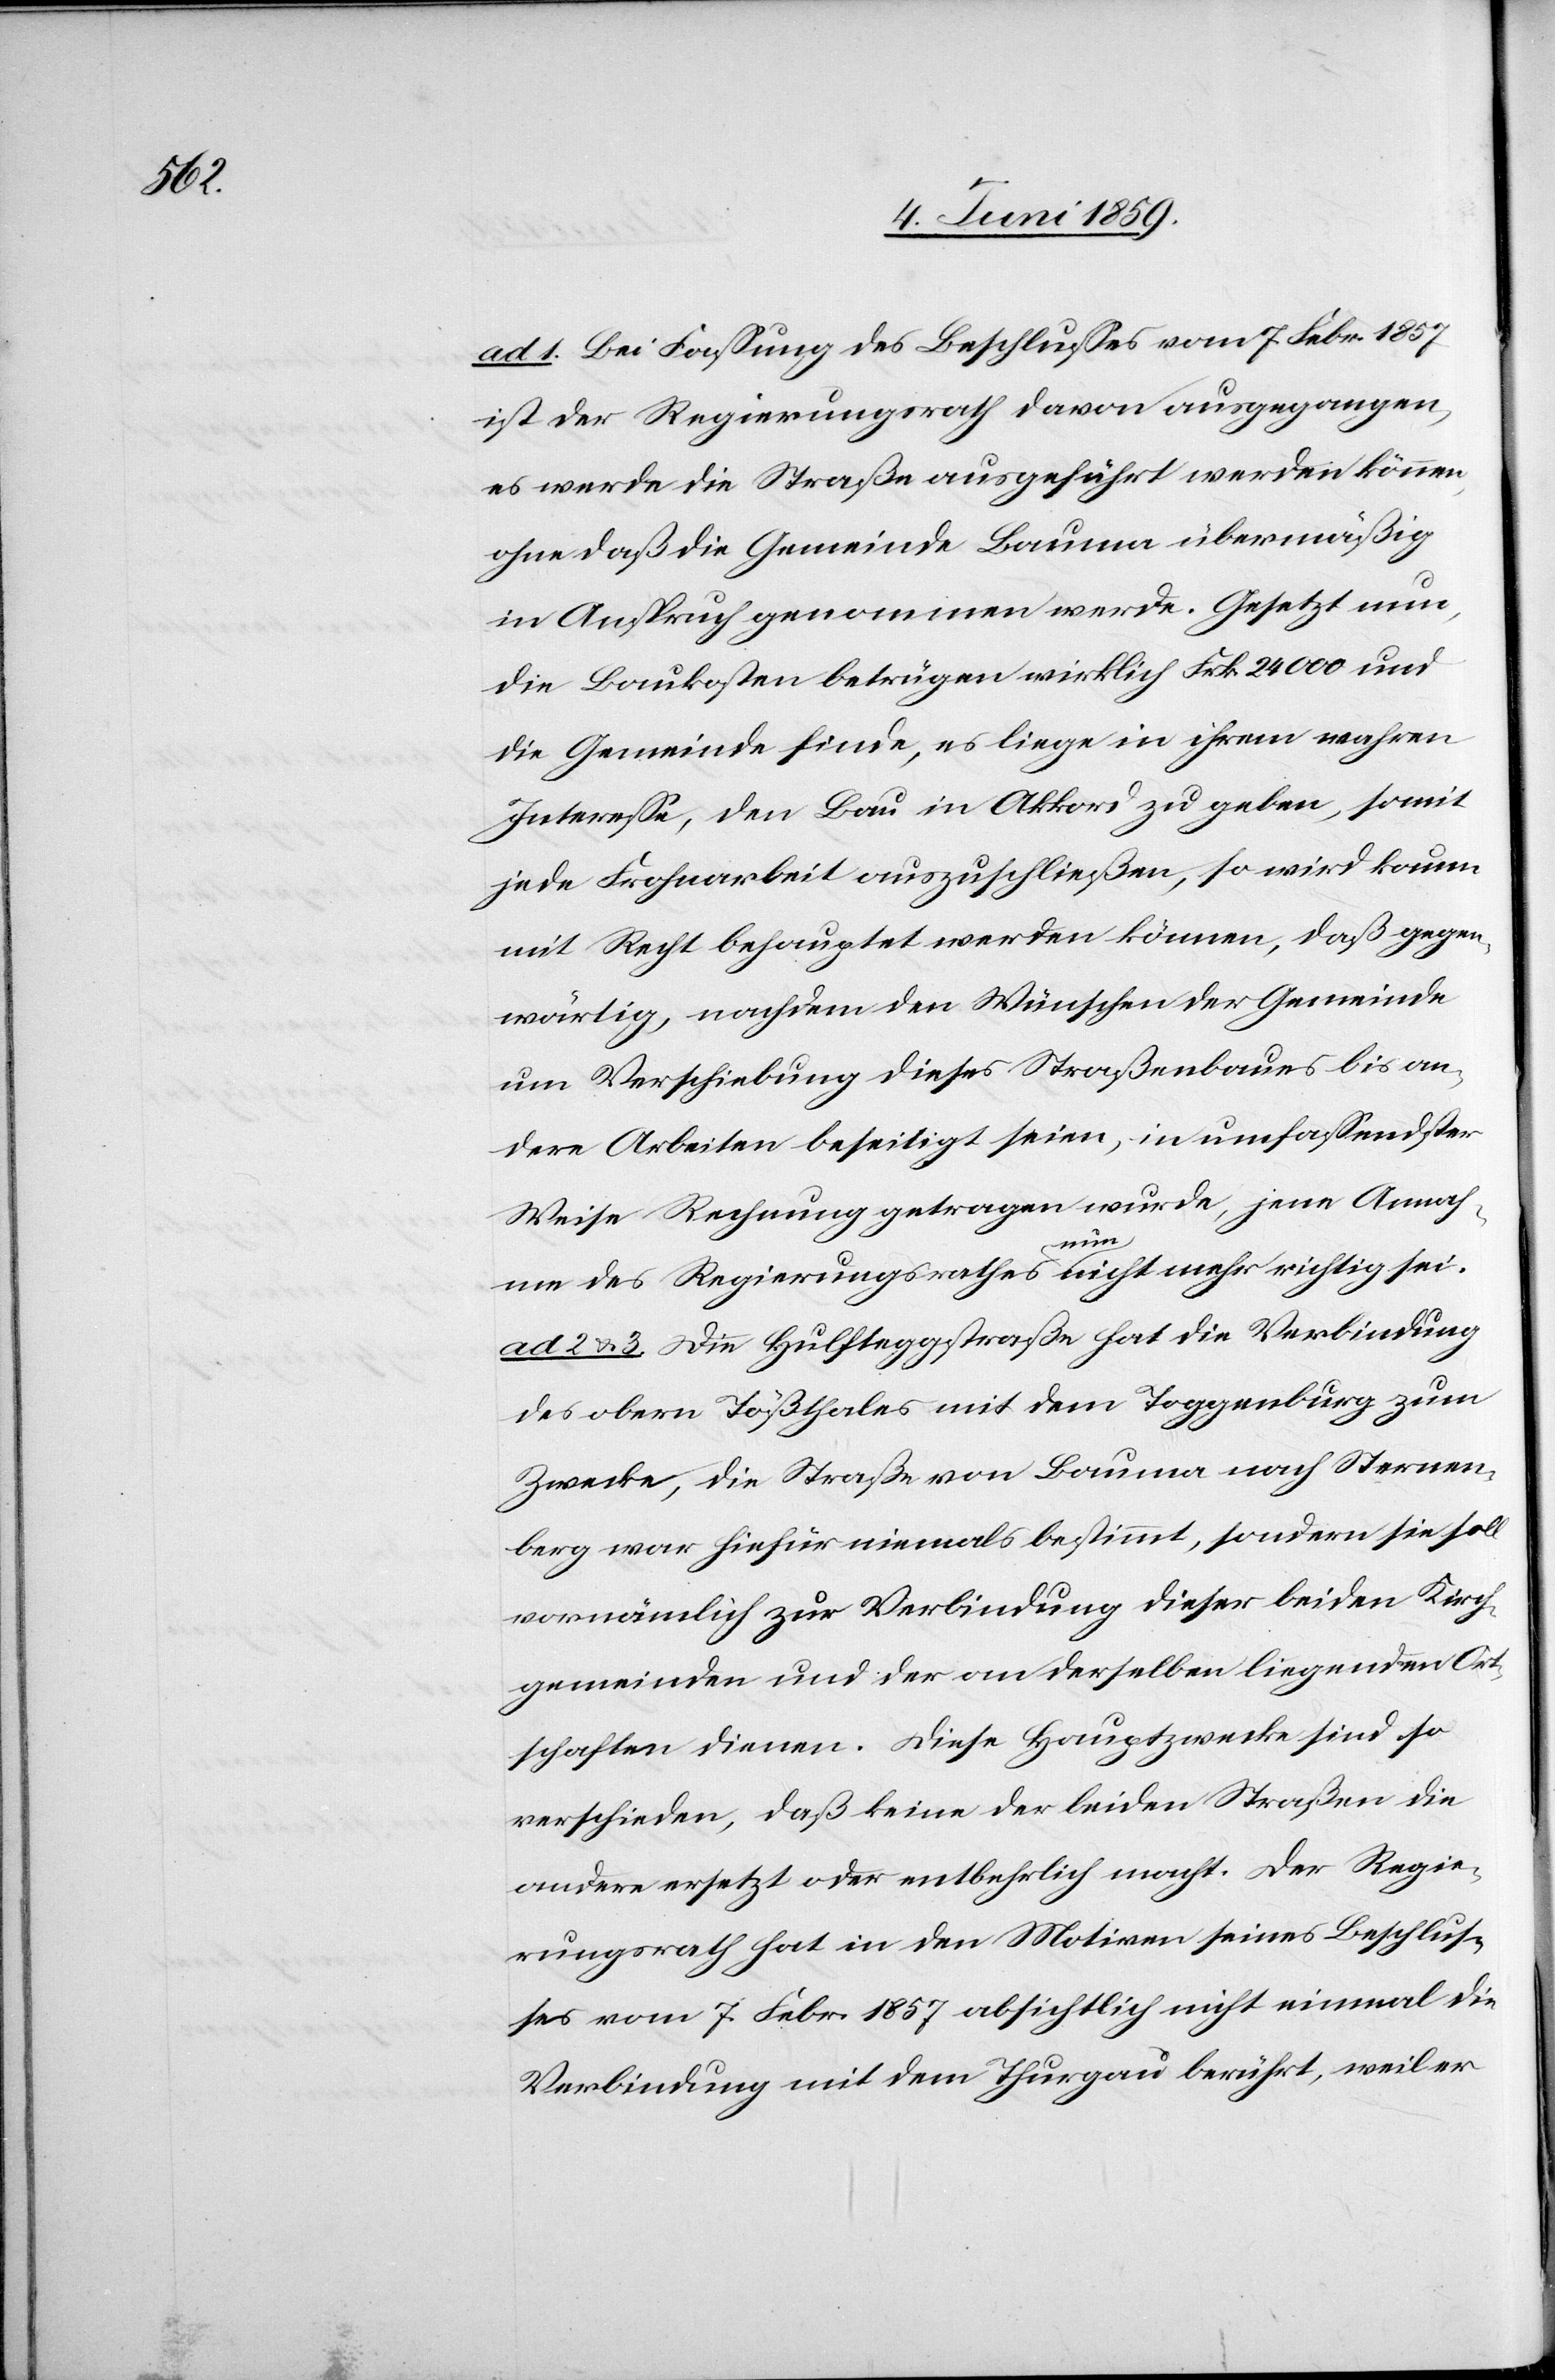
ad 1. Bei Fassung des Beschlusses vom 7. Febr. 1857
ist der Regierungsrath davon ausgegangen,
es werde die Straße ausgeführt werden können,
ohne daß die Gemeinde Bauma übermäßig
in Anspruch genommen werde. Gesetzt nun,
die Baukosten betrügen wirklich Frk 24 000 und
die Gemeinde finde, es liege in ihrem wahren
Interesse, den Bau in Akkord zu geben, somit
jede Frohnarbeit auszuschließen, so wird kaum
mit Recht behauptet werden können, daß gegen¬
wärtig, nachdem den Wünschen der Gemeinde
um Verschiebung dieses Straßenbaues bis an¬
dere Arbeiten beseitigt seien, in umfassenster
Weise Rechnung getragen würde, jene Annah¬
me des Regierungsrathes nun nicht mehr richtig sei.
ad 2 & 3 Die Hulfteggstraße hat die Verbindung
des obern Tößthales mit dem Toggenburg zum
Zwecke, die Straße von Bauma nach Sternen¬
berg war hiefür niemals bestimmt, sondern sie soll
vornämlich zur Verbindung dieser beiden Kirch¬
gemeinden und der an derselben liegenden Ort¬
schaften dienen. Diese Hauptzwecke sind so
verschieden, daß keine der beiden Straßen die
andere ersetzt oder entbehrlich macht. Der Regie¬
rungsrath hat in den Motiven seines Entschlus¬
ses vom 7. Febr. 1857 absichtlich nicht einmal die
Verbindung mit dem Thurgau berührt, weil er